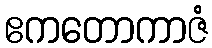
ဧကတောကာဇံ